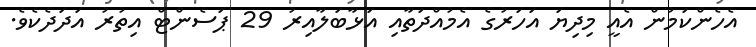
އެހެންކަމުން އެއީ މިދިޔަ އަހަރުގެ އެމުއްދަތާއި އަޅާބަލާއިރު 29 ޕަސެންޓް އިތުރު އަދަދެކެވެ.